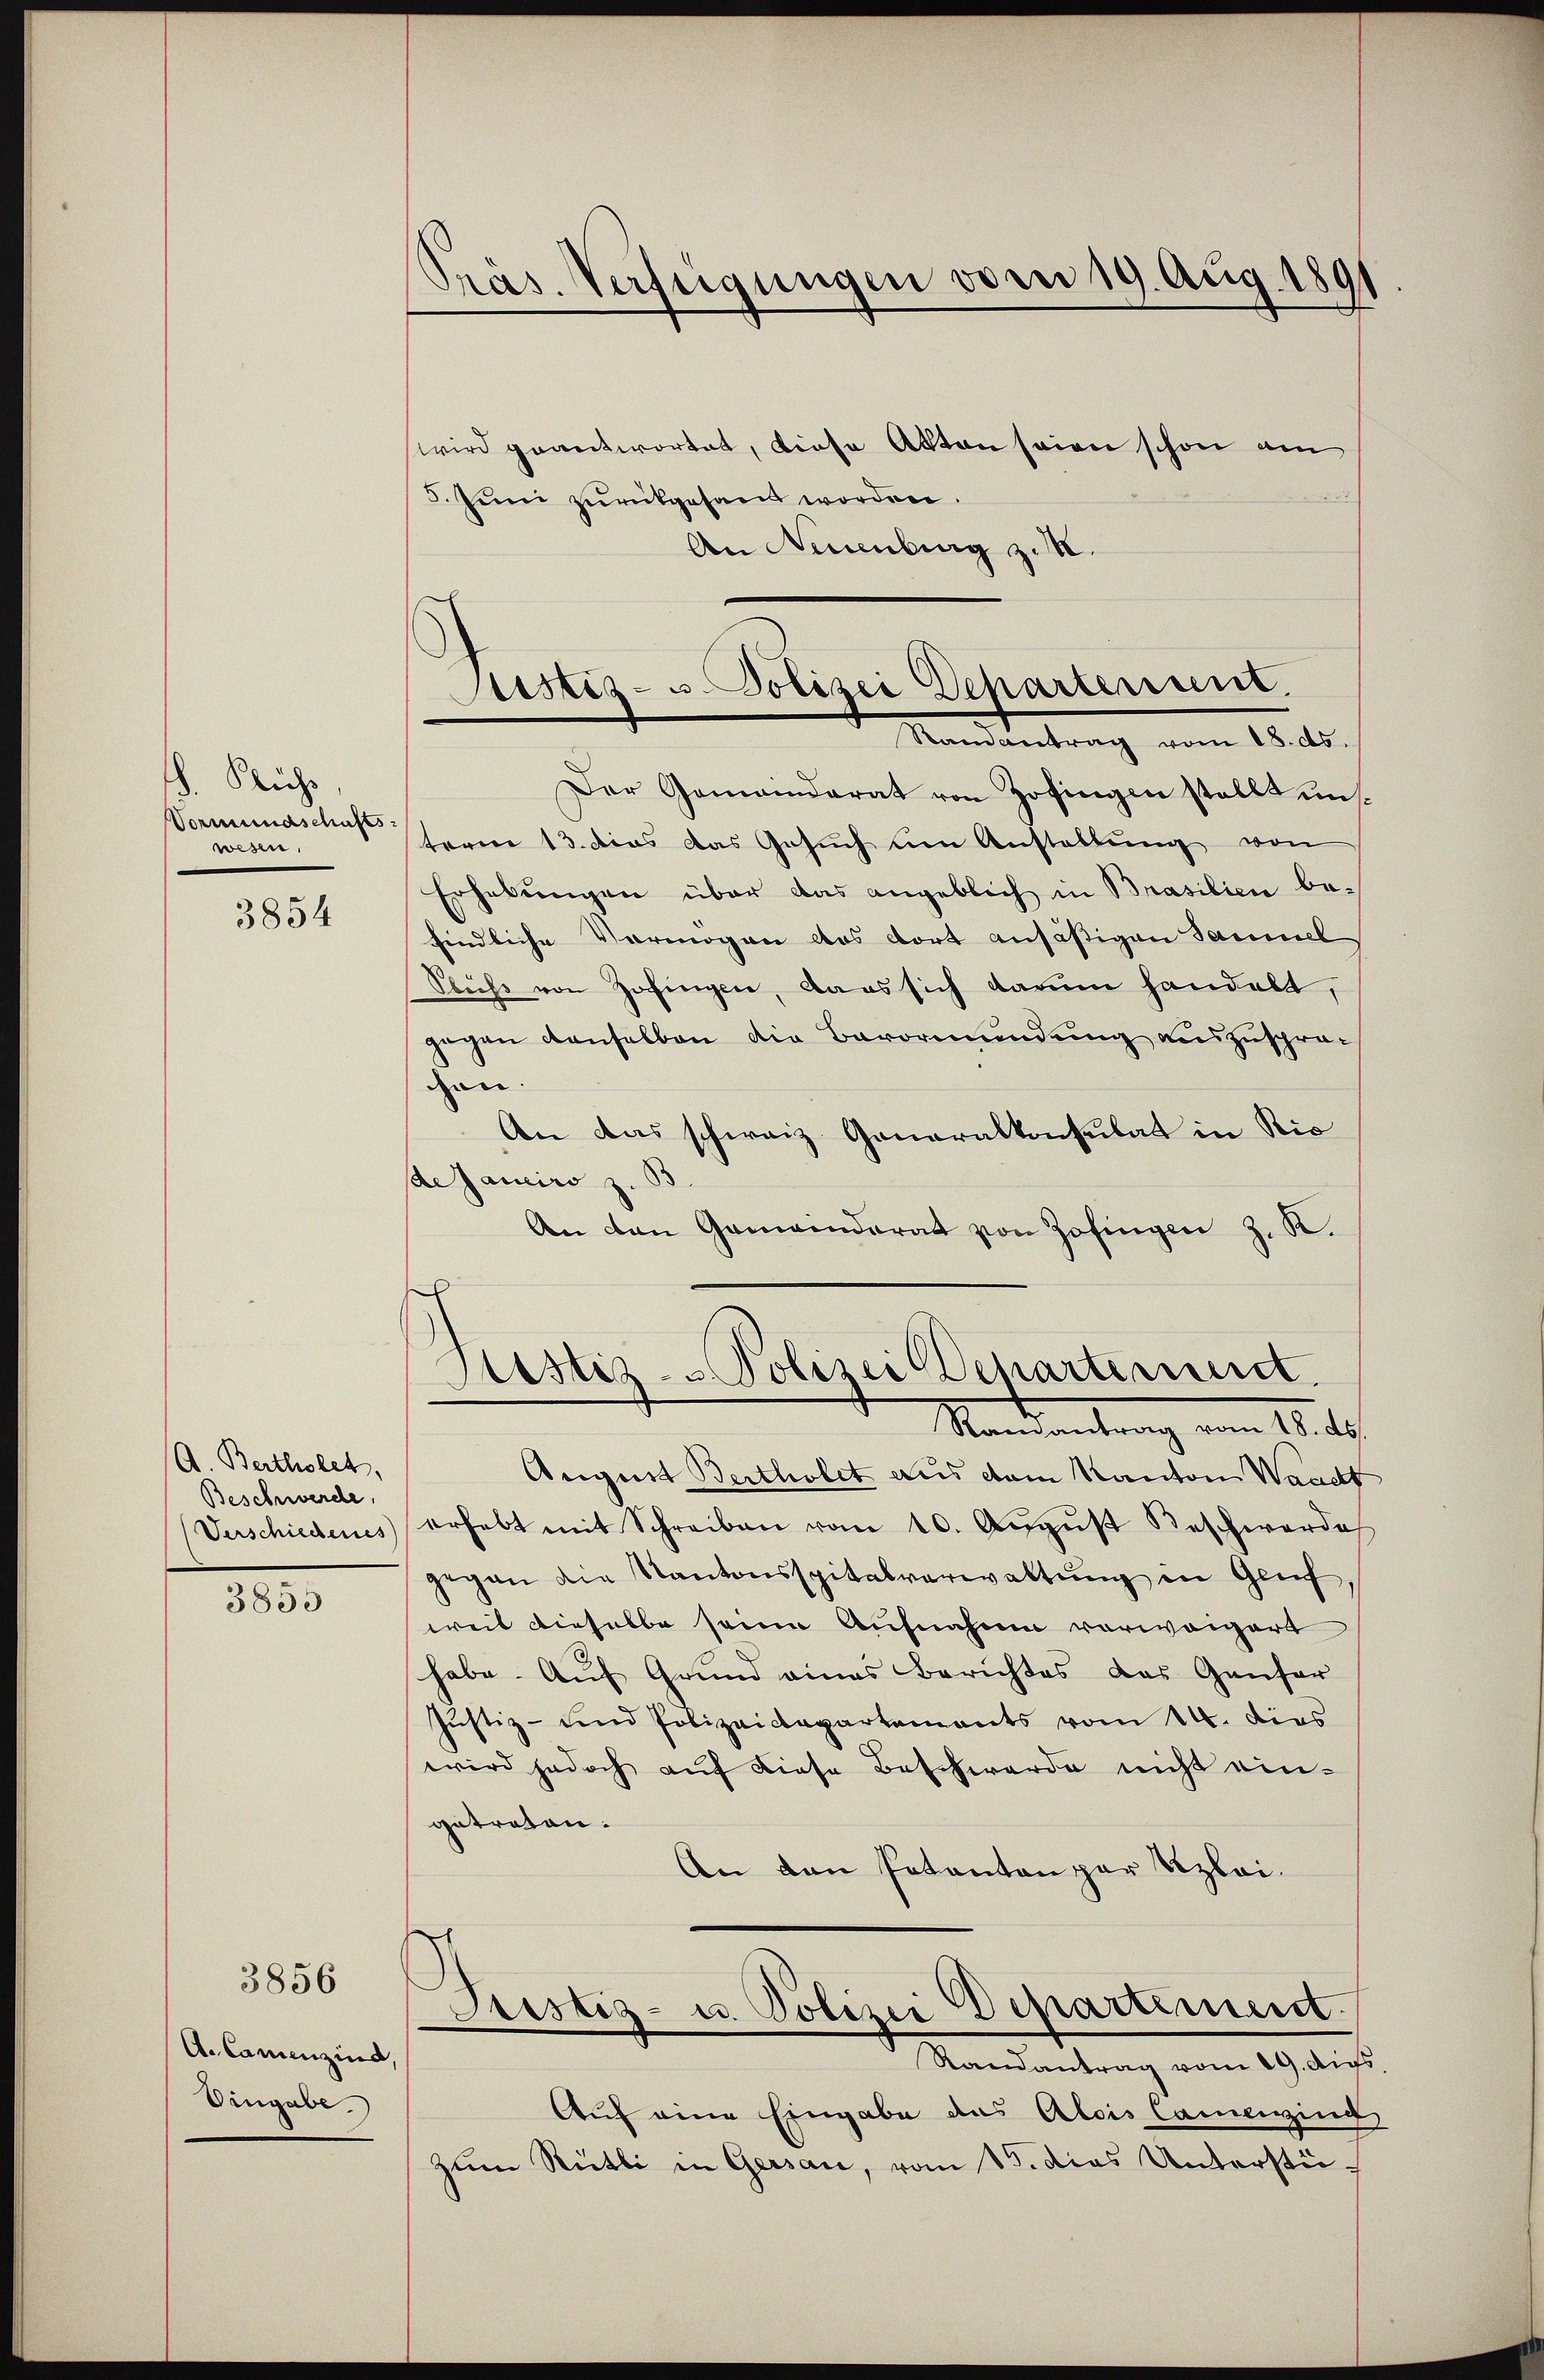
S. Flichs
Vormundschafts-
wesen.

3854

A. Bertholet,
Beschwerde,
Verschiedenes

3855

3856

A. Camenzind,
Eingabe.

Pras. Verfügungen vom 19. Aug. 1891

wird geantwortet, diese Akten seien schon am
5. Juni zurückgesandt worden.
An Neuenburg z. B.

Rustiz- Polizei Departerunt.
Mandantrag vom 15. ds.

Der Gemeinderat von Zofingen stellt unsterm 13. dies das Gesuch um Anstellung von
Erhebungen über das angeblich in Brasilien befindliche Vermögen das dort ansässigen Samml
Sluss von Zofingen, dass sich darum handelt,
gegen denselben die Bevormundung auszusprachen.
An das schweiz. Generalkonsulat in Ric
deJaneiro z. B
An den Gemeinderat von Zofingen z. K.

Sistiz- & Polizei Departeriert.
Ramantrag vom 18. ds.

August Bertholet aus dem Kanton Waadt
erhebt mit Schreiben vom 10. Aŭgŭst Beschwerde
gegen die Kantonsspitalverwaltung in Genf.
weil dieselbe seine Aufnahme vorweigert
habe. Auf Grund eines Berichtes das Ganter
Justiz- und Polizeidepartements vom 14. dies
wird jedoch auf diese Beschwerde nicht ein-
getreten.
An den Petenten par Szlei-
3
Sistiz- u. Polizei Departement.
Randantrag vom 19. Aufs.
Auf eine Eingabe das Alois Camenzing
zum Rütli in Gersau, vom 15. dies Unterstü¬